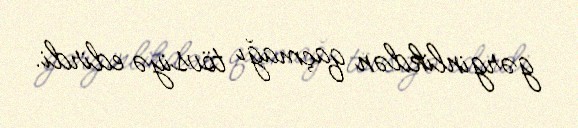
gərginlikdən qaçmağı tövsiyə edirdi.